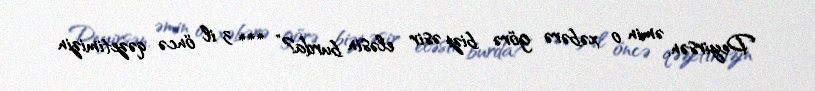
Deyirsən, əmin o xəbərə görə bizi əsir eləsin burda?” *** 3 il öncə qəzetimizin